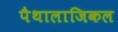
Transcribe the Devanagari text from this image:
पैथालाजिकल